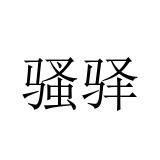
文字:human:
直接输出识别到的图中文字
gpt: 骚驿